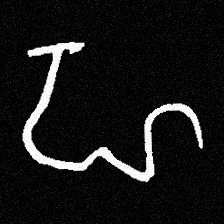
Pyu character \u2014 Myanmar letter: ဟ (romanized: ha)